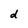
Character: d